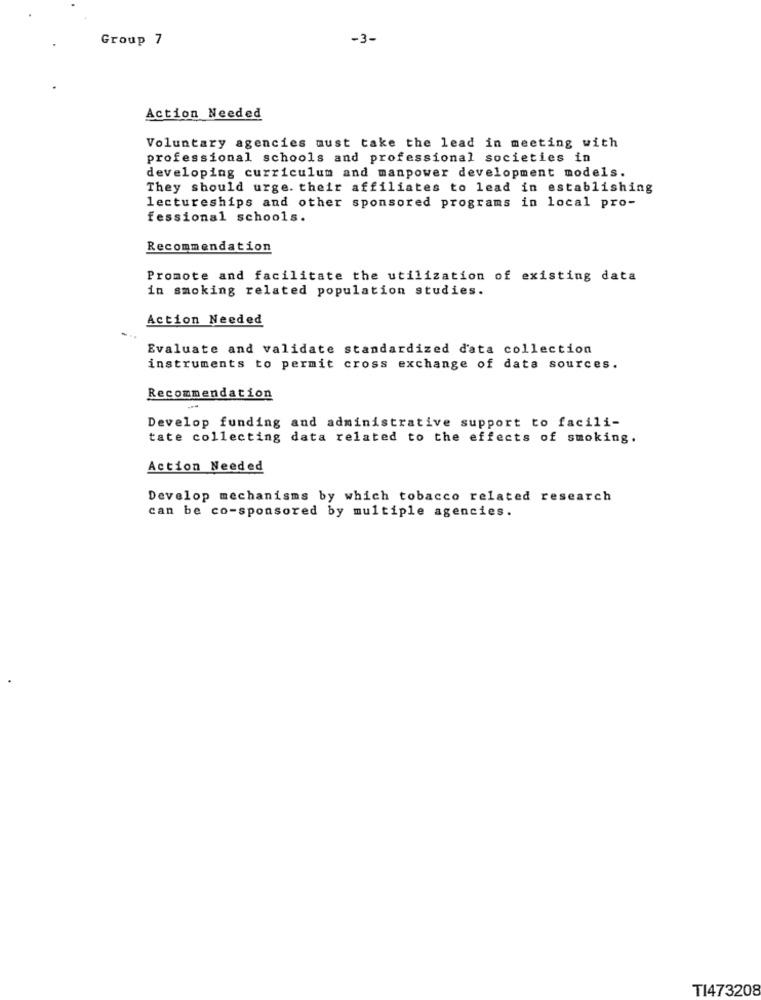
Group 7
-3-
Action Needed
Voluntary agencies must take the lead in meeting with
professional schools and professional societies in
developing curriculum and manpower development models.
They should urge. their affiliates to lead in establishing
lectureships and other sponsored programs in local pro-
fessional schools.
Recommendation
Promote and facilitate the utilization of existing data
in smoking related population studies.
Action Needed
Evaluate and validate standardized data collection
instruments to permit cross exchange of data sources.
Recommendation
Develop funding and administrative support to facili-
tate collecting data related to the effects of smoking.
Action Needed
Develop mechanisms by which tobacco related research
can be co-sponsored by multiple agencies.
TI473208